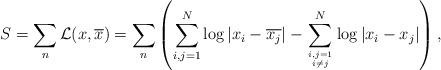
LaTeX: \begin{align*}S = \sum_n {\cal L}(x,\overline{x}) =\sum_n \left( \sum_{i,j=1}^{N} \log | x_{i}-\overline{x_{j}}| -\sum_{i,j=1 \atop i \ne j }^{N} \log | x_{i}-{x_{j}}| \right) ,\end{align*}